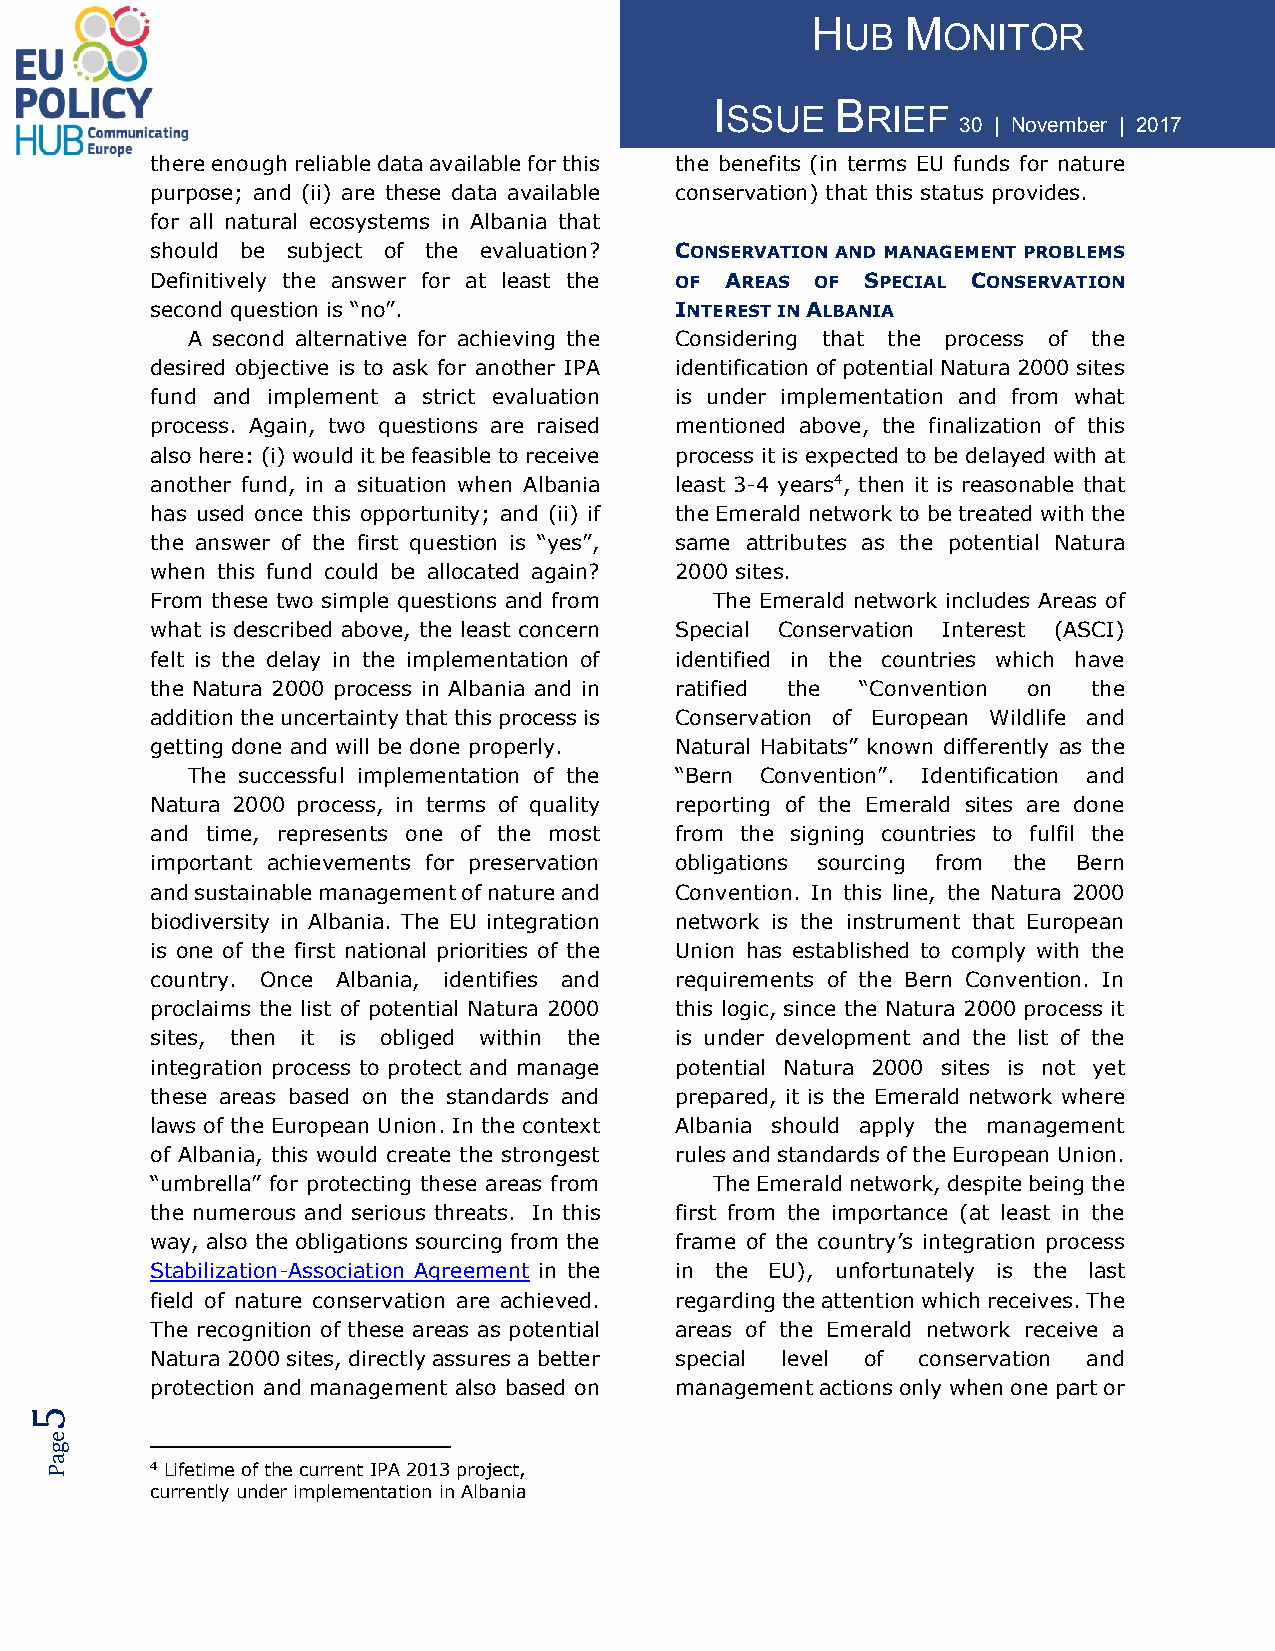
H     M
 UB    ONITOR
 I       B
 SSUE     RIEF
 30 | November | 2017
 there enough reliable data available for this the benefits (in terms EU funds for nature
 purpose; and (ii) are these data available conservation) that this status provides.
 for all natural ecosystems in Albania that
 should be subject of the evaluation? CONSERVATION AND MANAGEMENT PROBLEMS
 Definitively the answer for at least the OF AREAS OF SPECIAL CONSERVATION
 second question is “no”.           INTEREST IN ALBANIA
 A second alternative for achieving the Considering that the process of the
 desired objective is to ask for another IPA identification of potential Natura 2000 sites
 fund and implement a strict evaluation is under implementation and from what
 process. Again, two questions are raised mentioned above, the finalization of this
 also here: (i) would it be feasible to receive process it is expected to be delayed with at
 another fund, in a situation when Albania least 3-4 years4, then it is reasonable that
 has used once this opportunity; and (ii) if the Emerald network to be treated with the
 the answer of the first question is “yes”, same attributes as the potential Natura
 when this fund could be allocated again? 2000 sites.
 From these two simple questions and from The Emerald network includes Areas of
 what is described above, the least concern Special Conservation Interest (ASCI)
 felt is the delay in the implementation of identified in the countries which have
 the Natura 2000 process in Albania and in ratified the “Convention on the
 addition the uncertainty that this process is Conservation of European Wildlife and
 getting done and will be done properly. Natural Habitats” known differently as the
 The successful implementation of the “Bern Convention”. Identification and
 Natura 2000 process, in terms of quality reporting of the Emerald sites are done
 and time, represents one of the most from the signing countries to fulfil the
 important achievements for preservation obligations sourcing from the Bern
 and sustainable management of nature and Convention. In this line, the Natura 2000
 biodiversity in Albania. The EU integration network is the instrument that European
 is one of the first national priorities of the Union has established to comply with the
 country. Once Albania, identifies and requirements of the Bern Convention. In
 proclaims the list of potential Natura 2000 this logic, since the Natura 2000 process it
 sites, then it is obliged within the is under development and the list of the
 integration process to protect and manage potential Natura 2000 sites is not yet
 these areas based on the standards and prepared, it is the Emerald network where
 laws of the European Union. In the context Albania should apply the management
 of Albania, this would create the strongest rules and standards of the European Union.
 “umbrella” for protecting these areas from The Emerald network, despite being the
 the numerous and serious threats. In this first from the importance (at least in the
 way, also the obligations sourcing from the frame of the country’s integration process
 Stabilization-Association Agreement in the in the EU), unfortunately is the last
 field of nature conservation are achieved. regarding the attention which receives. The
 The recognition of these areas as potential areas of the Emerald network receive a
 Natura 2000 sites, directly assures a better special level of conservation and
 protection and management also based on management actions only when one part or
 5
 e
 g
 a
 P      4 Lifetime of the current IPA 2013 project,
 currently under implementation in Albania